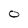
Character: O